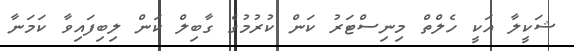
ޝަކީލާ އަކީ ހެލްތް މިނިސްޓަރު ކަން ކުރުމުގެ ގާބިލް ކަން ލިބިފައިވާ ކަމަނާ